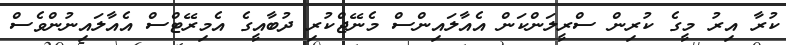
ކުރާ އިރު މީގެ ކުރިން ސްރީލަންކަން އެއާލައިންސް މެނޭޖްކުރި ދުބާއީގެ އެމިރޭޓްސް އެއާލައިނުންވެސް